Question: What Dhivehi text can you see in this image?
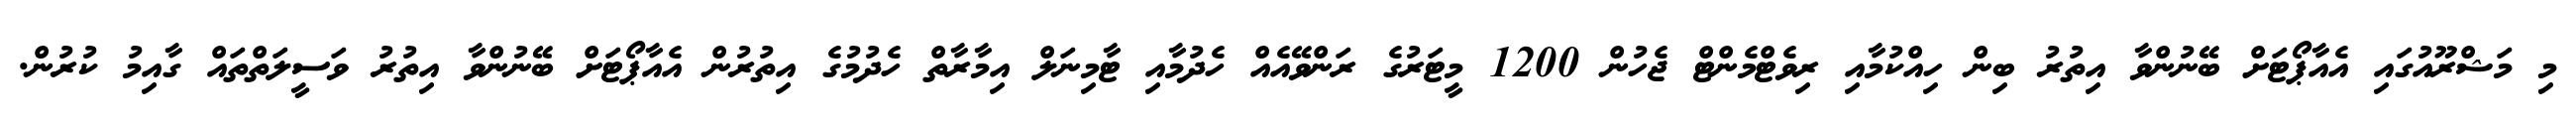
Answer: މި މަޝްރޫއުގައި އެއާޕޯޓަށް ބޭނުންވާ އިތުރު ބިން ހިއްކުމާއި ރިވެޓްމެންޓް ޖެހުން 1200 މީޓަރުގެ ރަންވޭއެއް ހެދުމާއި ޓާމިނަލް އިމާރާތް ހެދުމުގެ އިތުރުން އެއާޕޯޓަށް ބޭނުންވާ އިތުރު ވަސީލަތްތައް ގާއިމު ކުރުން.